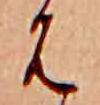
は